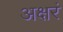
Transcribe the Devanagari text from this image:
अक्षरं